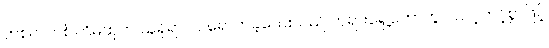
တစ်လတစ်ကြိမ်ထုတ် သူရှိရာ ဝင်ရောက်ခဲ့သေးသည် ဘုရားရှေ့တော်တွင် သင့်တင့်စွာဖြင့်